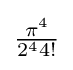
{\tfrac {\pi ^{4}}{2^{4}4!}}